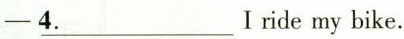
-\underline {4.}Iride my bike.